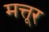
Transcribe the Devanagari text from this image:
मत्तूर